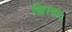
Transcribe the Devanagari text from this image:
ख्रिश्चोव